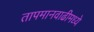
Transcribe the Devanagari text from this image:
तापमानवाढीमध्ये